Indian journal of veterinary science and animal husbandry - Volumes 18-21, 1948-1951
Year: 1948
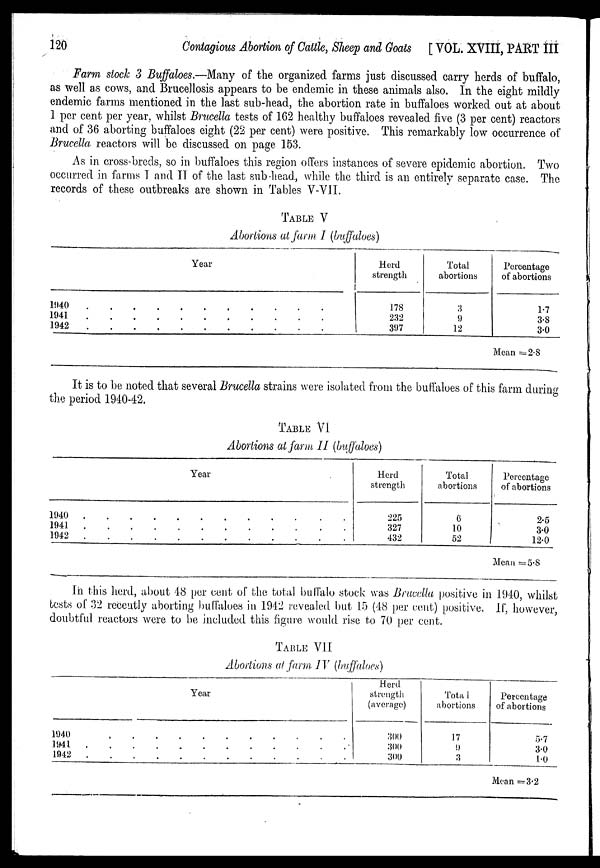
120
Contagious Abortion of Cattle, Sheep and Goats [ VOL. XVIII, PART III
Farm stock 3 Buffaloes.—Many of the organized farms just discussed carry herds of buffalo,
as well as cows, and Brucellosis appears to be endemic in these animals also. In the eight mildly
endemic farms mentioned in the last sub-head, the abortion rate in buffaloes worked out at about
1 per cent per year, whilst Brucella tests of 162 healthy buffaloes revealed five (3 per cent) reactors
and of 36 aborting buffaloes eight (22 per cent) were positive. This remarkably low occurrence of
Brucella reactors will be discussed on page 153.
As in cross-breds, so in buffaloes this region offers instances of severe epidemic abortion. Two
occurred in farms I and II of the last sub-head, while the third is an entirely separate case. The
records of these outbreaks are shown in Tables V-VII.
TABLE V
Abortions at farm I (buffaloes)
Year
1940
.
.
.
.
.
.
.
.
.
.
.
.
1941
.
.
.
.
.
.
.
.
.
.
.
.
1942
.
.
.
.
.
.
.
.
.
.
.
.
Herd
strength
178
232
397
Total
abortions
3
9
12
Percentage
of abortions
1.7
3.8
3.0
Mean = 2.8
It is to be noted that several Brucella strains were isolated from the buffaloes of this farm during
the period 1940-42.
TABLE VI
Abortions at farm II (buffaloes)
Year
1940
.
.
.
.
.
.
.
.
.
.
.
.
1941
.
.
.
.
.
.
.
.
.
.
.
.
1942
.
.
.
.
.
.
.
.
.
.
.
.
Herd
strength
225
327
432
Total
abortions
6
10
52
Percentage
of abortions
2.5
3.0
12.0
Mean = 5.8
In this herd, about 48 per cent of the total buffalo stock was Brucella positive in 1940, whilst
tests of 32 recently aborting buffaloes in 1942 revealed but 15 (48 per cent) positive. If, however,
doubtful reactors were to be included this figure would rise to 70 per cent.
TABLE VII
Abortions at farm IV (buffaloes)
Year
1940
.
.
.
.
.
.
.
.
.
.
.
.
1941
.
.
.
.
.
.
.
.
.
.
.
.
1942
.
.
.
.
.
.
.
.
.
.
.
.
Herd
strength
(average)
300
300
300
Total
abortions
17
9
3
Percentage
of abortions
5.7
3.0
1.0
Mean = 3.2